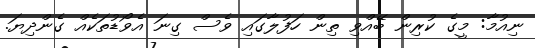
ނިއުމާ: މީގެ ކުރިން ބޭއްވި ތިން ހަފުލާގައި ވެސް ގިނަ އެވޯޑުތަކެއް ގެންދިޔަ.